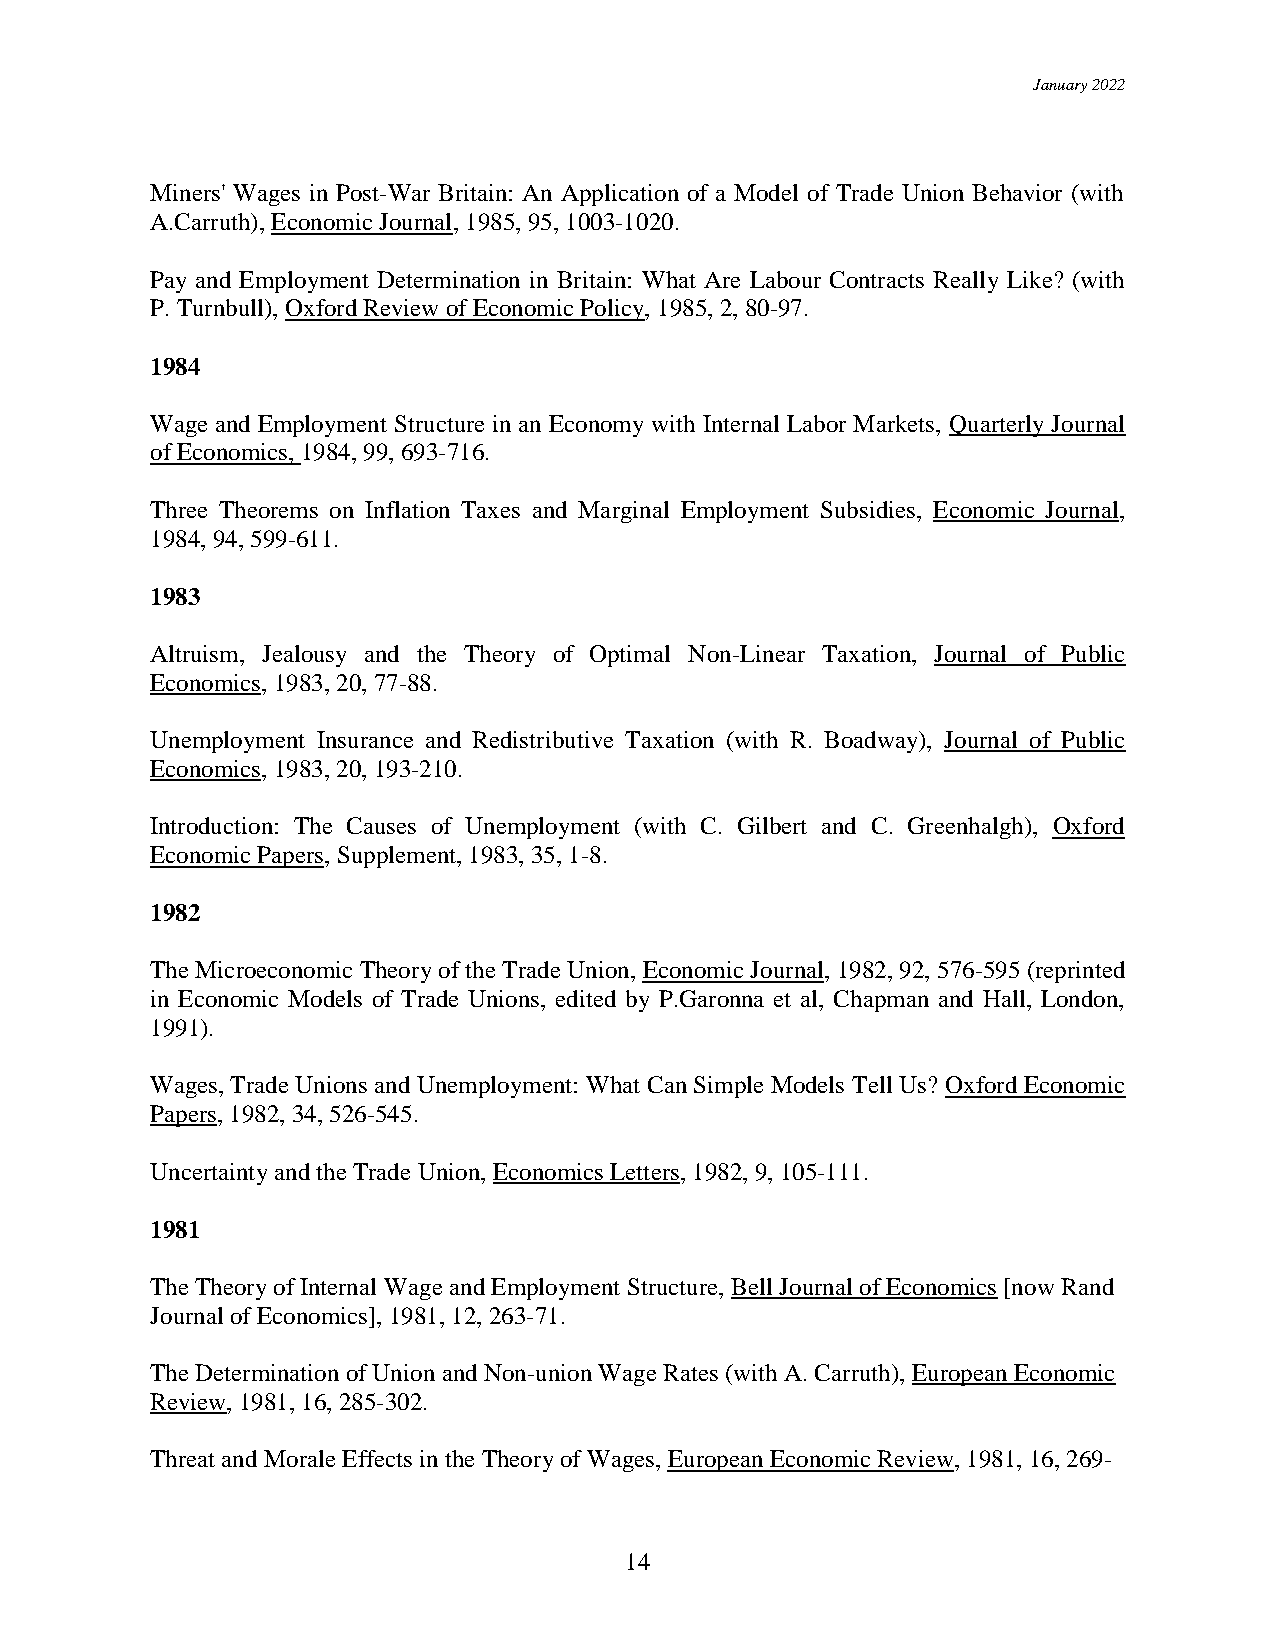
January 2022
 Miners' Wages in Post-War Britain: An Application of a Model of Trade Union Behavior (with
 A.Carruth), Economic Journal, 1985, 95, 1003-1020.
 Pay and Employment Determination in Britain: What Are Labour Contracts Really Like? (with
 P. Turnbull), Oxford Review of Economic Policy, 1985, 2, 80-97.
 1984
 Wage and Employment Structure in an Economy with Internal Labor Markets, Quarterly Journal
 of Economics, 1984, 99, 693-716.
 Three Theorems on Inflation Taxes and Marginal Employment Subsidies, Economic Journal,
 1984, 94, 599-611.
 1983
 Altruism, Jealousy and the Theory of Optimal Non-Linear Taxation, Journal of Public
 Economics, 1983, 20, 77-88.
 Unemployment Insurance and Redistributive Taxation (with R. Boadway), Journal of Public
 Economics, 1983, 20, 193-210.
 Introduction: The Causes of Unemployment (with C. Gilbert and C. Greenhalgh), Oxford
 Economic Papers, Supplement, 1983, 35, 1-8.
 1982
 The Microeconomic Theory of the Trade Union, Economic Journal, 1982, 92, 576-595 (reprinted
 in Economic Models of Trade Unions, edited by P.Garonna et al, Chapman and Hall, London,
 1991).
 Wages, Trade Unions and Unemployment: What Can Simple Models Tell Us? Oxford Economic
 Papers, 1982, 34, 526-545.
 Uncertainty and the Trade Union, Economics Letters, 1982, 9, 105-111.
 1981
 The Theory of Internal Wage and Employment Structure, Bell Journal of Economics [now Rand
 Journal of Economics], 1981, 12, 263-71.
 The Determination of Union and Non-union Wage Rates (with A. Carruth), European Economic
 Review, 1981, 16, 285-302.
 Threat and Morale Effects in the Theory of Wages, European Economic Review, 1981, 16, 269-
 14